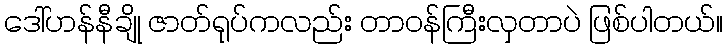
ဒေါ်ဟန်နီချို ဇာတ်ရုပ်ကလည်း တာဝန်ကြီးလှတာပဲ ဖြစ်ပါတယ်။